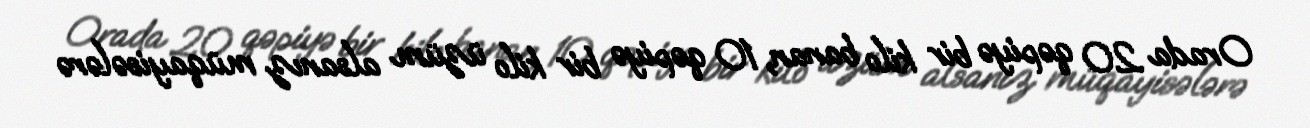
Orada 20 qəpiyə bir kilo banan, 10 qəpiyə bir kilo üzüm alsanız müqayisələrə